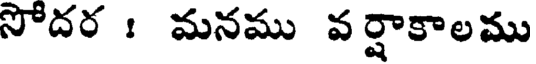
సోదర : మనము వర్షాకాలము